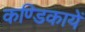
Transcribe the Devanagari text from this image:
कण्डिकायें